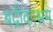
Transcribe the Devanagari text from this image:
बद्रीकाश्रम